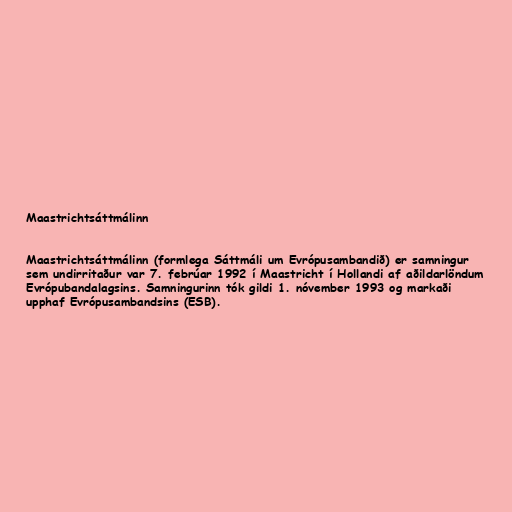
Maastrichtsáttmálinn

Maastrichtsáttmálinn (formlega Sáttmáli um Evrópusambandið) er samningur
sem undirritaður var 7. febrúar 1992 í Maastricht í Hollandi af aðildarlöndum
Evrópubandalagsins. Samningurinn tók gildi 1. nóvember 1993 og markaði
upphaf Evrópusambandsins (ESB).